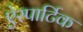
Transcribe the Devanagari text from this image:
ऐस्पार्टिक